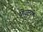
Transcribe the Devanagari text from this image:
फेक्ट्ररी